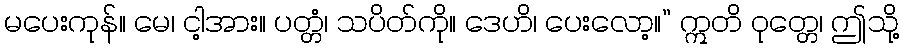
မပေးကုန်။ မေ၊ ငါ့အား။ ပတ္တံ၊ သပိတ်ကို။ ဒေဟိ၊ ပေးလော့။” ဣတိ ဝုတ္တေ၊ ဤသို့